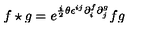
f \star g = e ^ { { \frac { i } { 2 } } \theta \epsilon ^ { i j } \partial _ { i } ^ { f } \partial _ { j } ^ { g } } f g